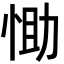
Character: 𢚆